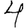
Digit: 4